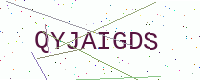
Text: QYJAIGDS